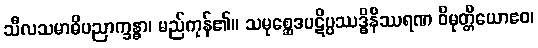
သီလသမာဓိပညာက္ခန္ဓာ၊ မည်ကုန်၏။ သမုစ္ဆေဒပဋိပ္ပဿဒ္ဓိနိဿရဏ ဝိမုတ္တိယောဧဝ၊